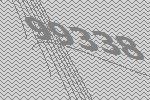
99338